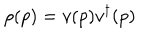
LaTeX: \rho ( p ) = v ( p ) v ^ { \dagger } ( p )